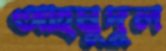
আহমুদুল